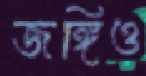
জঙ্গিও